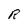
Character: R